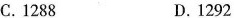
C.1288 D.1292